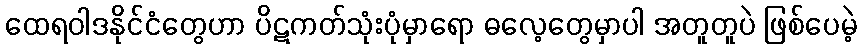
ထေရဝါဒနိုင်ငံတွေဟာ ပိဋကတ်သုံးပုံမှာရော ဓလေ့တွေမှာပါ အတူတူပဲ ဖြစ်ပေမဲ့